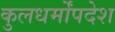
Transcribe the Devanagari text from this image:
कुलधर्मोंपदेश